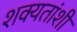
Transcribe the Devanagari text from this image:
शक्यतांशी